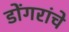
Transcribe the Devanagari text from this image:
डोंगरांचे